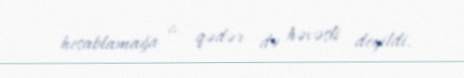
hesablamağa o qədər də həvəsli deyildi.